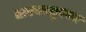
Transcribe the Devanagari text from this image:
तारकासुरवध